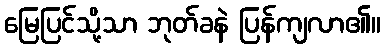
မြေပြင်သို့သာ ဘုတ်ခနဲ ပြန်ကျလာ၏။